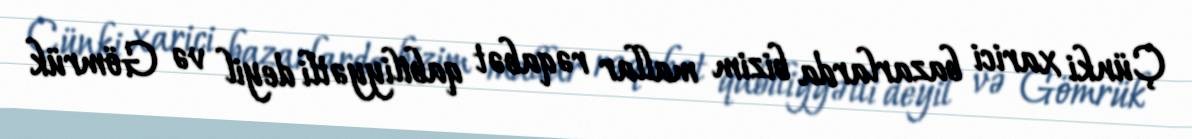
Çünki xarici bazarlarda bizim mallar rəqabət qabiliyyətli deyil və Gömrük